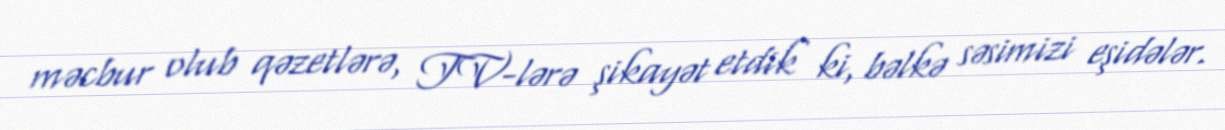
məcbur olub qəzetlərə, TV-lərə şikayət etdik ki, bəlkə səsimizi eşidələr.